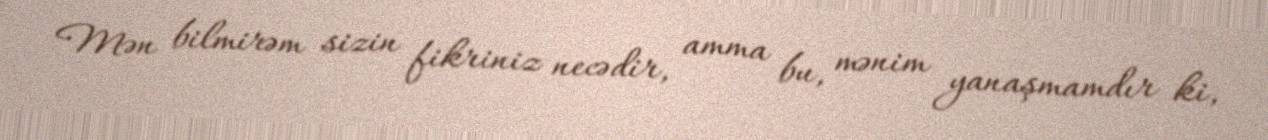
Mən bilmirəm sizin fikriniz necədir, amma bu, mənim yanaşmamdır ki,